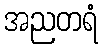
အညတရံ